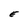
Character: E